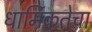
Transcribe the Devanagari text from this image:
धार्मिकतेचा